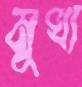
মূখ্য